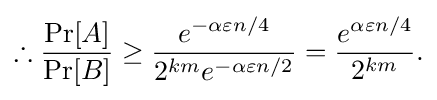
\therefore {\frac {\Pr[A]}{\Pr[B]}}\geq {\frac {e^{-\alpha \varepsilon n/4}}{2^{km}e^{-\alpha \varepsilon n/2}}}={\frac {e^{\alpha \varepsilon n/4}}{2^{km}}}.\,\!